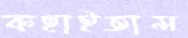
কহাইতাম